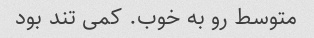
متوسط رو به خوب. کمی تند بود